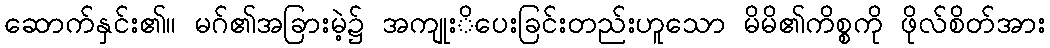
ဆောက်နှင်း၏။ မဂ်၏အခြားမဲ့၌ အကျုးိပေးခြင်းတည်းဟူသော မိမိ၏ကိစ္စကို ဖိုလ်စိတ်အား